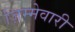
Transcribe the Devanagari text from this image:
ज़िम्मेवारी